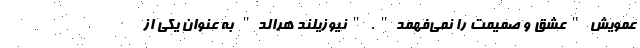
عمویش "عشق و صمیمت را نمی‌فهمد". "نیوزیلند هرالد" به عنوان یکی از